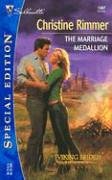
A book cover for The Marriage Medallion (Silhouette Special Edition 1567) (Viking Brides series); Christine Rimmer; Romance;